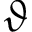
\vartheta